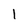
Character: 1